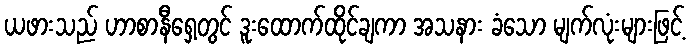
ယဖားသည် ဟာစာနီရှေ့တွင် ဒူးထောက်ထိုင်ချကာ အသနား ခံသော မျက်လုံးများဖြင့်